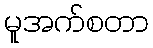
မူအက်စတာ